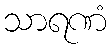
သာရဏံ